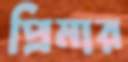
প্রিমার